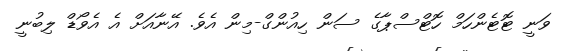
ވަނީ ޓޮޓެންހަމް ހޮޓްސްޕާގެ ސަން ހިއުންގް-މިން އެވެ. އޭނާއަށް އެ އެވޯޑް ލިބުނީ